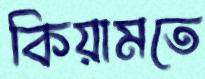
কিয়ামতে